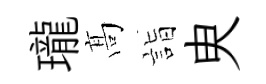
瓏髙詣㬰